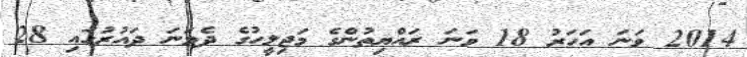
2014 ވަނަ އަހަރު 18 ވަނަ ރައްޔިތުންގެ މަޖިލީހުގެ ދެވަނަ ދައުރުގައި 28